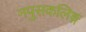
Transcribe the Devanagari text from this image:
नपुसकलिङ्ग